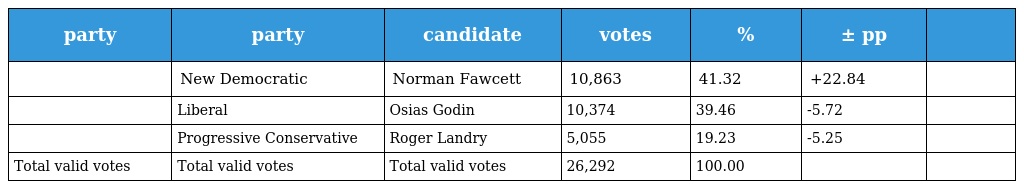
| party | party | candidate | votes | % | ± pp |  |
 | --- | --- | --- | --- | --- | --- | --- |
 |  | New Democratic | Norman Fawcett | 10,863 | 41.32 | +22.84 |  |
 |  | Liberal | Osias Godin | 10,374 | 39.46 | -5.72 |  |
 |  | Progressive Conservative | Roger Landry | 5,055 | 19.23 | -5.25 |  |
 | Total valid votes | Total valid votes | Total valid votes | 26,292 | 100.00 |  |  |